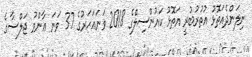
ނިލަންދެއަތޮޅު އުތުރުބުރީ އަތޮޅު ކައުންސިލްގެ 2018 ވަނައަހަރުގެ 37 ވަނަ ޢާންމު ޖަލްސާގެ